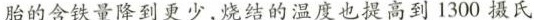
胎的含铁量降到更少，烧结的温度也提高到1300摄氏